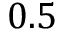
0 . 5